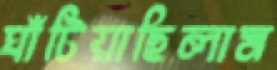
ঘাঁটিয়াছিলাম